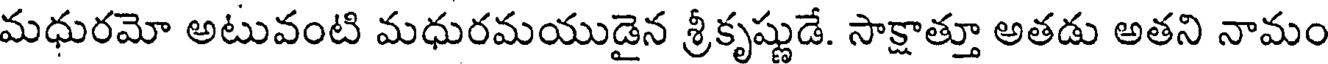
మధురమో అటువంటి మధురమయుడైన శ్రీకృష్ణుడే. సాక్షాత్తూ అతడు అతని నామం